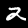
Label: 2